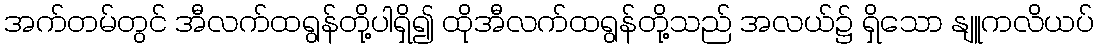
အက်တမ်တွင် အီလက်ထရွန်တို့ပါရှိ၍ ထိုအီလက်ထရွန်တို့သည် အလယ်၌ ရှိသော နျူကလိယပ်